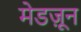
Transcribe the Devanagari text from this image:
मेडज़ून